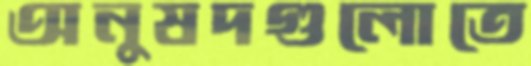
অনুষদগুলোতে